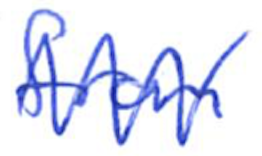
Text: from
Cross-out: zig-zag
Writing tool: ballpoint